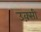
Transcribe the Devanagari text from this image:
उक़्सी